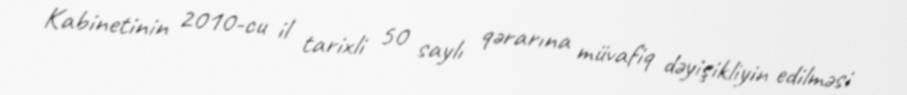
Kabinetinin 2010-cu il tarixli 50 saylı qərarına müvafiq dəyişikliyin edilməsi